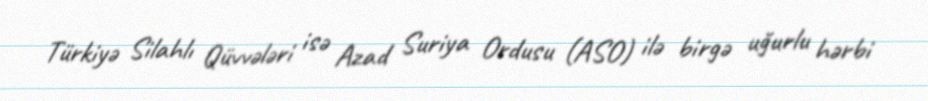
Türkiyə Silahlı Qüvvələri isə Azad Suriya Ordusu (ASO) ilə birgə uğurlu hərbi